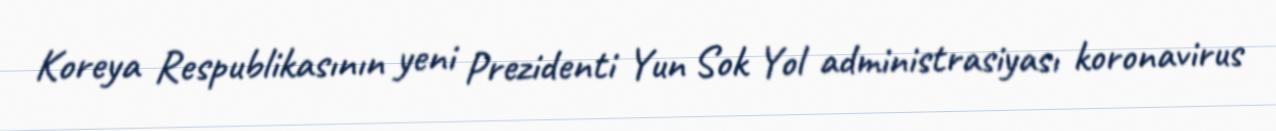
Koreya Respublikasının yeni Prezidenti Yun Sok Yol administrasiyası koronavirus